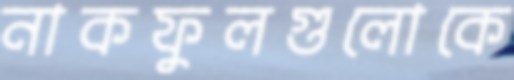
নাকফুলগুলোকে